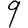
Digit: 9